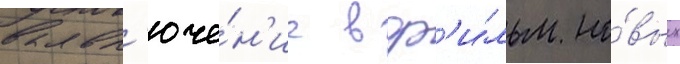
вкл'юче́н'ие в ф'и́льм но́вых